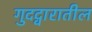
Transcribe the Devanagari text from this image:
गुदद्वारातील